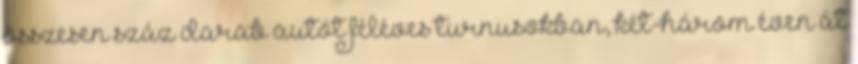
összesen száz darab autót féléves turnusokban, két-három éven át